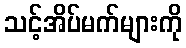
သင့်အိပ်မက်များကို